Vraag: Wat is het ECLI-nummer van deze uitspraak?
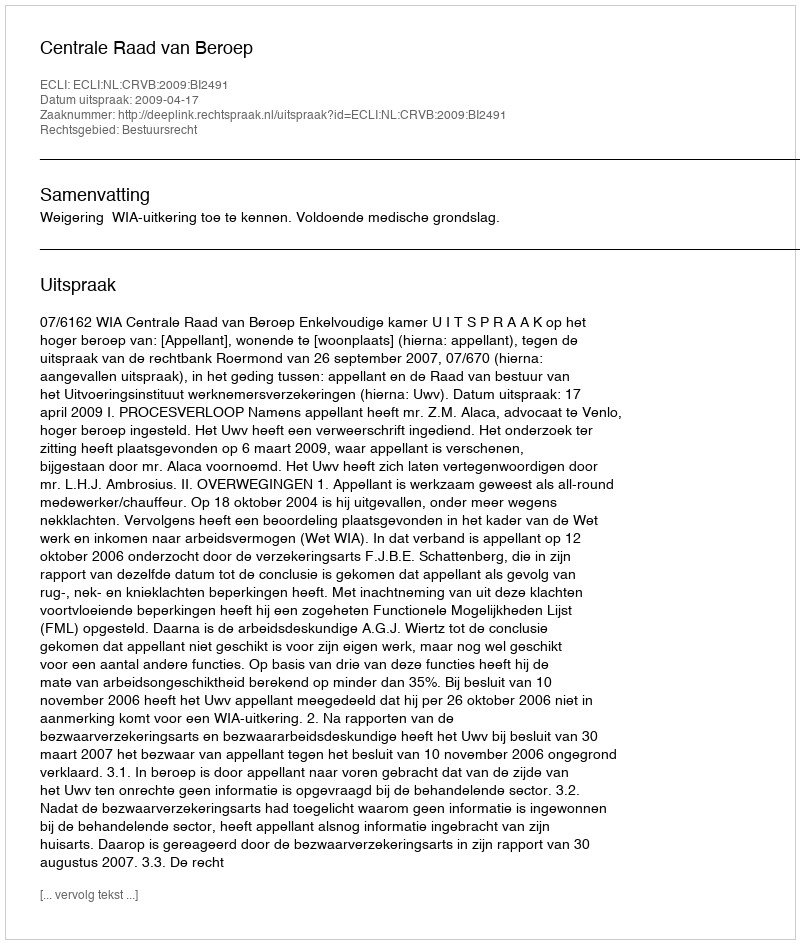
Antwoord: ECLI:NL:CRVB:2009:BI2491